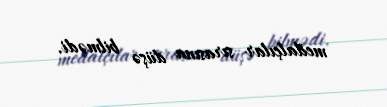
medalçılar sırasına düşə bilmədi.